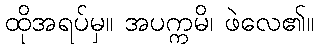
ထိုအရပ်မှ။ အပက္ကမိ၊ ဖဲလေ၏။